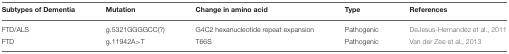
| Subtypes of Dementia | Mutation | Change in amino acid | Type | References |
 | --- | --- | --- | --- | --- |
 | FTD/ALS | g.5321GGGGCC(?) | G4C2 hexanucleotide repeat expansion | Pathogenic | DeJesus-Hernandez et al., 2011 |
 | FTD | g.11942A>T | T66S | Pathogenic | Van der Zee et al., 2013 |